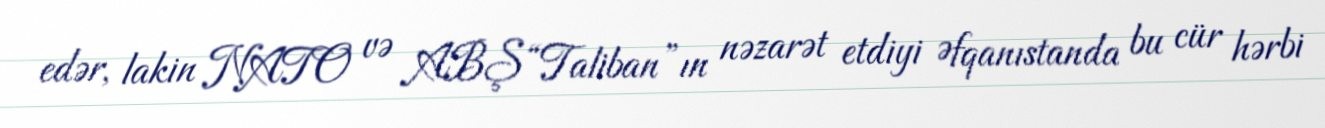
edər, lakin NATO və ABŞ “Taliban”ın nəzarət etdiyi Əfqanıstanda bu cür hərbi